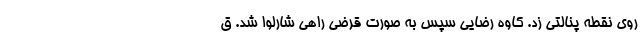
روی نقطه پنالتی زد. کاوه رضایی سپس به صورت قرضی راهی شارلوا شد. ق